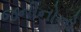
જનીનોનો